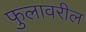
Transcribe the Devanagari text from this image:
फुलावरील